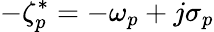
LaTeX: -\zeta_{p}^{*}=-\omega_{p}+j\sigma_{p}